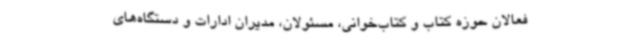
فعالان حوزه کتاب و کتاب‌خوانی، مسئولان، مدیران ادارات و دستگاه‌های